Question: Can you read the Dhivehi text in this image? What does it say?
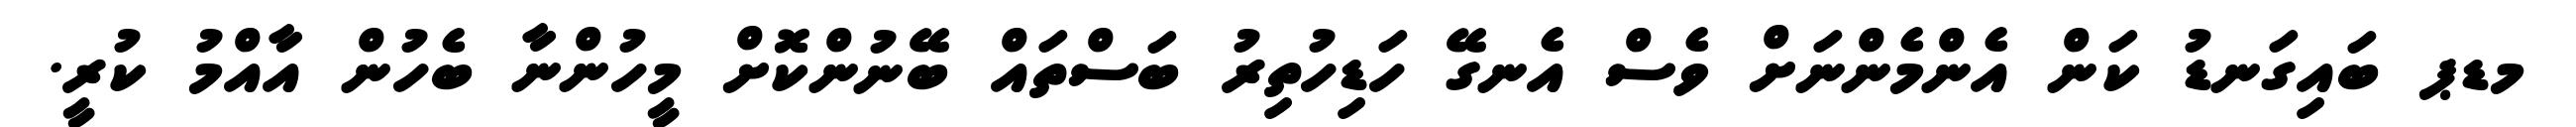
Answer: މޑޕ ބައިގަނޑު ކަން އެންމެންނަށް ވެސް އެނގޭ ހަޑިހުތިރު ބަސްތައް ބޭނުންކޮށް މީހުންނާ ބެހުން އާއްމު ކުރީ.